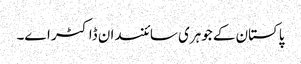
پاکستان کے جوہری سائنسدان ڈاکٹر اے۔